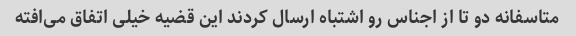
متاسفانه دو تا از اجناس رو اشتباه ارسال کردند این قضیه خیلی اتفاق می‌افته